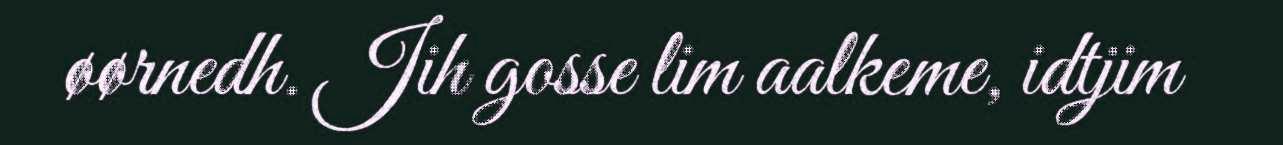
øørnedh. Jih gosse lim aalkeme, idtjim